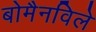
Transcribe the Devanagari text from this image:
बोमैनविले